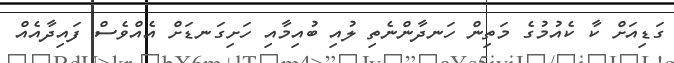
ގަޑިއަށް ކާ ކެއުމުގެ މަތިން ހަނދާންނެތި ލުއި ބުއިމާއި ހަށިގަނޑަށް އެއްވެސް ފައިދާއެއް